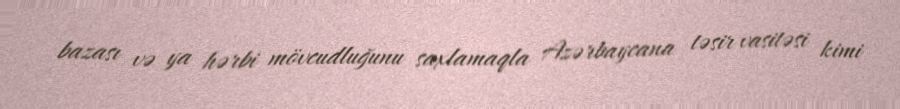
bazası və ya hərbi mövcudluğunu saxlamaqla Azərbaycana təsir vasitəsi kimi